system: You are a helpful assistant.
user:
Analyze the provided spectrum to determine if it is a **M-type Giant (gM)**.

A M-type Giant spectrum is defined by its **strong molecular absorption** features, particularly from **Titanium Oxide (TiO)**. You must check for one of the following mutually exclusive signatures:

- **Key Visual Indicators (Absorption-Dominated Spectrum):**

    - **(Primary):** The spectrum is dominated by strong molecular absorption from **Titanium Oxide (TiO)**. This is the **defining feature** of its M-type temperature class.
        - **(Key Bandheads):** Look for sharp, "saw-tooth" absorption valleys. The strongest are located near **~7050 Å**, **~6160 Å**, and **~5170 Å**.
        - **(Line Profile):** The "saw-tooth" morphology is critical: a **sharp, steep drop on the BLUE (short-wavelength) side** of the bandhead, followed by a gradual recovery (rising flux) towards the RED (long-wavelength) side.

    - **(Key Confirmation - Giant vs. Dwarf):** **ABSENCE** of strong **Calcium Hydride (CaH)** molecular bands. This is the primary diagnostic for *excluding* M-dwarfs.
        - **(Key Region):** The spectrum should lack the strong, broad absorption band seen in dwarfs between **~6800 Å and ~7000 Å**.

    - **(Secondary Confirmation - Giant):** A very strong and broad **Neutral Calcium (Ca I)** atomic absorption line.
        - **(Key Line):** Located at **~4226 Å**. In a giant (gM), this line is significantly deeper and broader than the same line in an M-dwarf (dM) due to low surface gravity.

    - **(Overall Spectrum):**
        - The continuum is **extremely red-sloping** (i.e., flux is very low in the blue and rises dramatically towards the red).
        - The entire spectrum appears "chopped up" by the deep TiO bands.

Think first, call **spectral_visualization_tool** if needed to examine features in detail, then provide your final answer. Your response must adhere to the following strict rules:
1.  **Overall Structure:** Your response must follow the format `<think>...</think> <tool_call>...</tool_call> (if a tool is used) <answer>...</answer>`.
2.  **Tool Usage Constraint:** You may only make **one** tool call per turn.
3.  **Final Answer Format:** In the `<answer>` tag, your conclusion must be inside a `\boxed{}` command (e.g., `\boxed{YES}` or `\boxed{NO}`), followed by your justification.

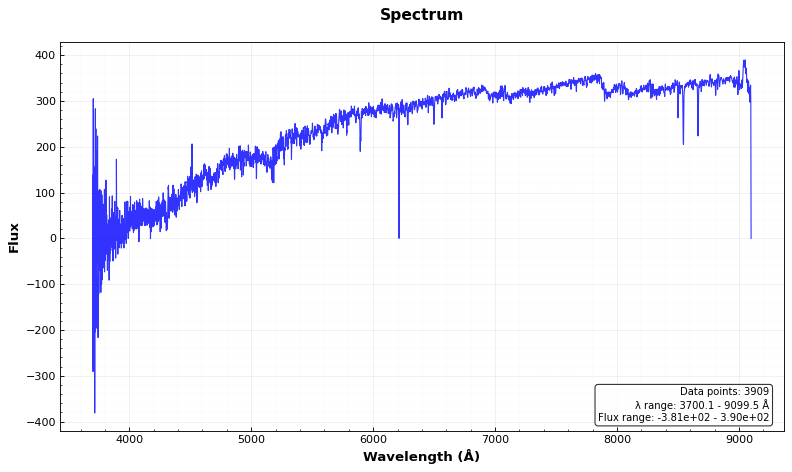
Answer: NO